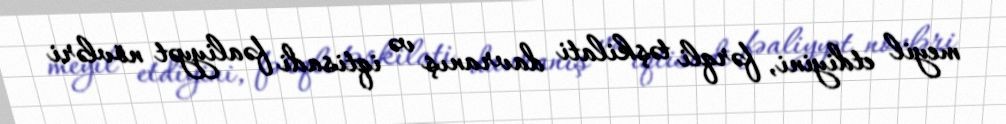
meyil etdiyini, fərqli təşkilati davranış və iqtisadi fəaliyyət növləri